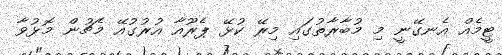
ޓީމެއް އެނގޭނީ މި މުބާރާތުގައި މިރޭ ކުޅޭ ޕެރޫއާ އުރުގުއޭ މެޗުން މޮޅުވާ